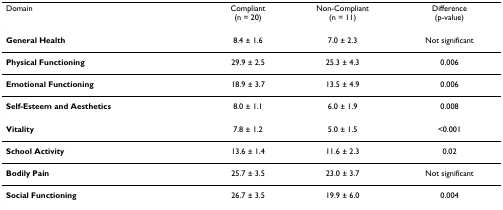
<table><thead><tr><td><b>Domain</b></td><td><b>Compliant(n = 20)</b></td><td><b>Non-Compliant(n = 11)</b></td><td><b>Difference(p-value)</b></td></tr></thead><tbody><tr><td><b>General Health</b></td><td>8.4 ± 1.6</td><td>7.0 ± 2.3</td><td>Not significant</td></tr><tr><td><b>Physical Functioning</b></td><td>29.9 ± 2.5</td><td>25.3 ± 4.3</td><td>0.006</td></tr><tr><td><b>Emotional Functioning</b></td><td>18.9 ± 3.7</td><td>13.5 ± 4.9</td><td>0.006</td></tr><tr><td><b>Self-Esteem and Aesthetics</b></td><td>8.0 ± 1.1</td><td>6.0 ± 1.9</td><td>0.008</td></tr><tr><td><b>Vitality</b></td><td>7.8 ± 1.2</td><td>5.0 ± 1.5</td><td>&lt;0.001</td></tr><tr><td><b>School Activity</b></td><td>13.6 ± 1.4</td><td>11.6 ± 2.3</td><td>0.02</td></tr><tr><td><b>Bodily Pain</b></td><td>25.7 ± 3.5</td><td>23.0 ± 3.7</td><td>Not significant</td></tr><tr><td><b>Social Functioning</b></td><td>26.7 ± 3.5</td><td>19.9 ± 6.0</td><td>0.004</td></tr></tbody></table>